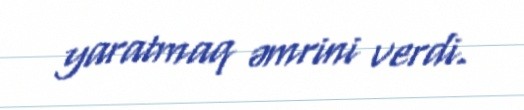
yaratmaq əmrini verdi.